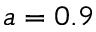
a = 0 . 9